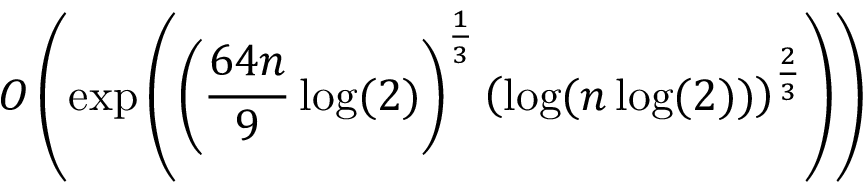
O \left( \exp \left( \left( { \frac { 6 4 n } { 9 } } \log ( 2 ) \right) ^ { \frac { 1 } { 3 } } \left( \log ( n \log ( 2 ) ) \right) ^ { \frac { 2 } { 3 } } \right) \right)